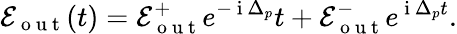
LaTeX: \mathcal{E}_{\mathrm{~o~u~t~}}(t)=\mathcal{E}_{\mathrm{~o~u~t~}}^{+}e^{-\mathrm{~i~}\Delta_{p}}t+\mathcal{E}_{\mathrm{~o~u~t~}}^{-}e^{\mathrm{~i~}\Delta_{p}t}.